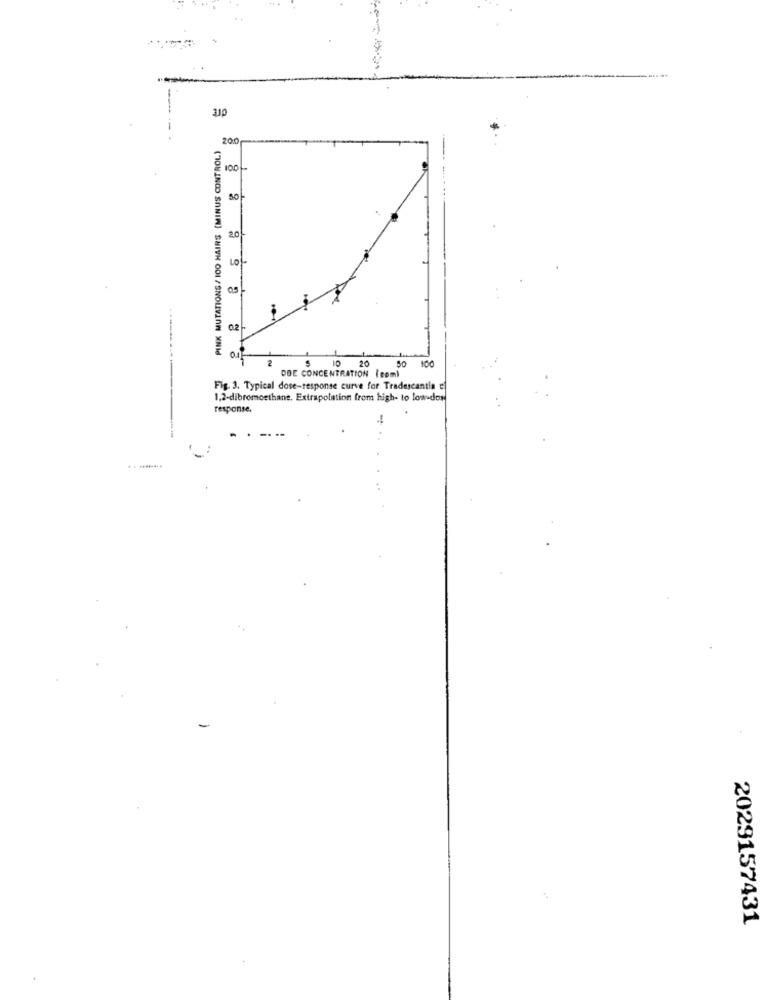
310
PINK MUTATIONS / 100 HAIRS (MINUS CONTROL)
20.0
2 8 8 8 8 8 8
50
20-
02
DBE CONCENTRATION (com)
$ 10 20
100
Fig. 3. Typical dose-response curve for Tradescantia e
1,2-dibromoethane. Extrapolation from high- to low dos
response.
2029157431